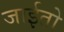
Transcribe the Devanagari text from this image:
जाईतो